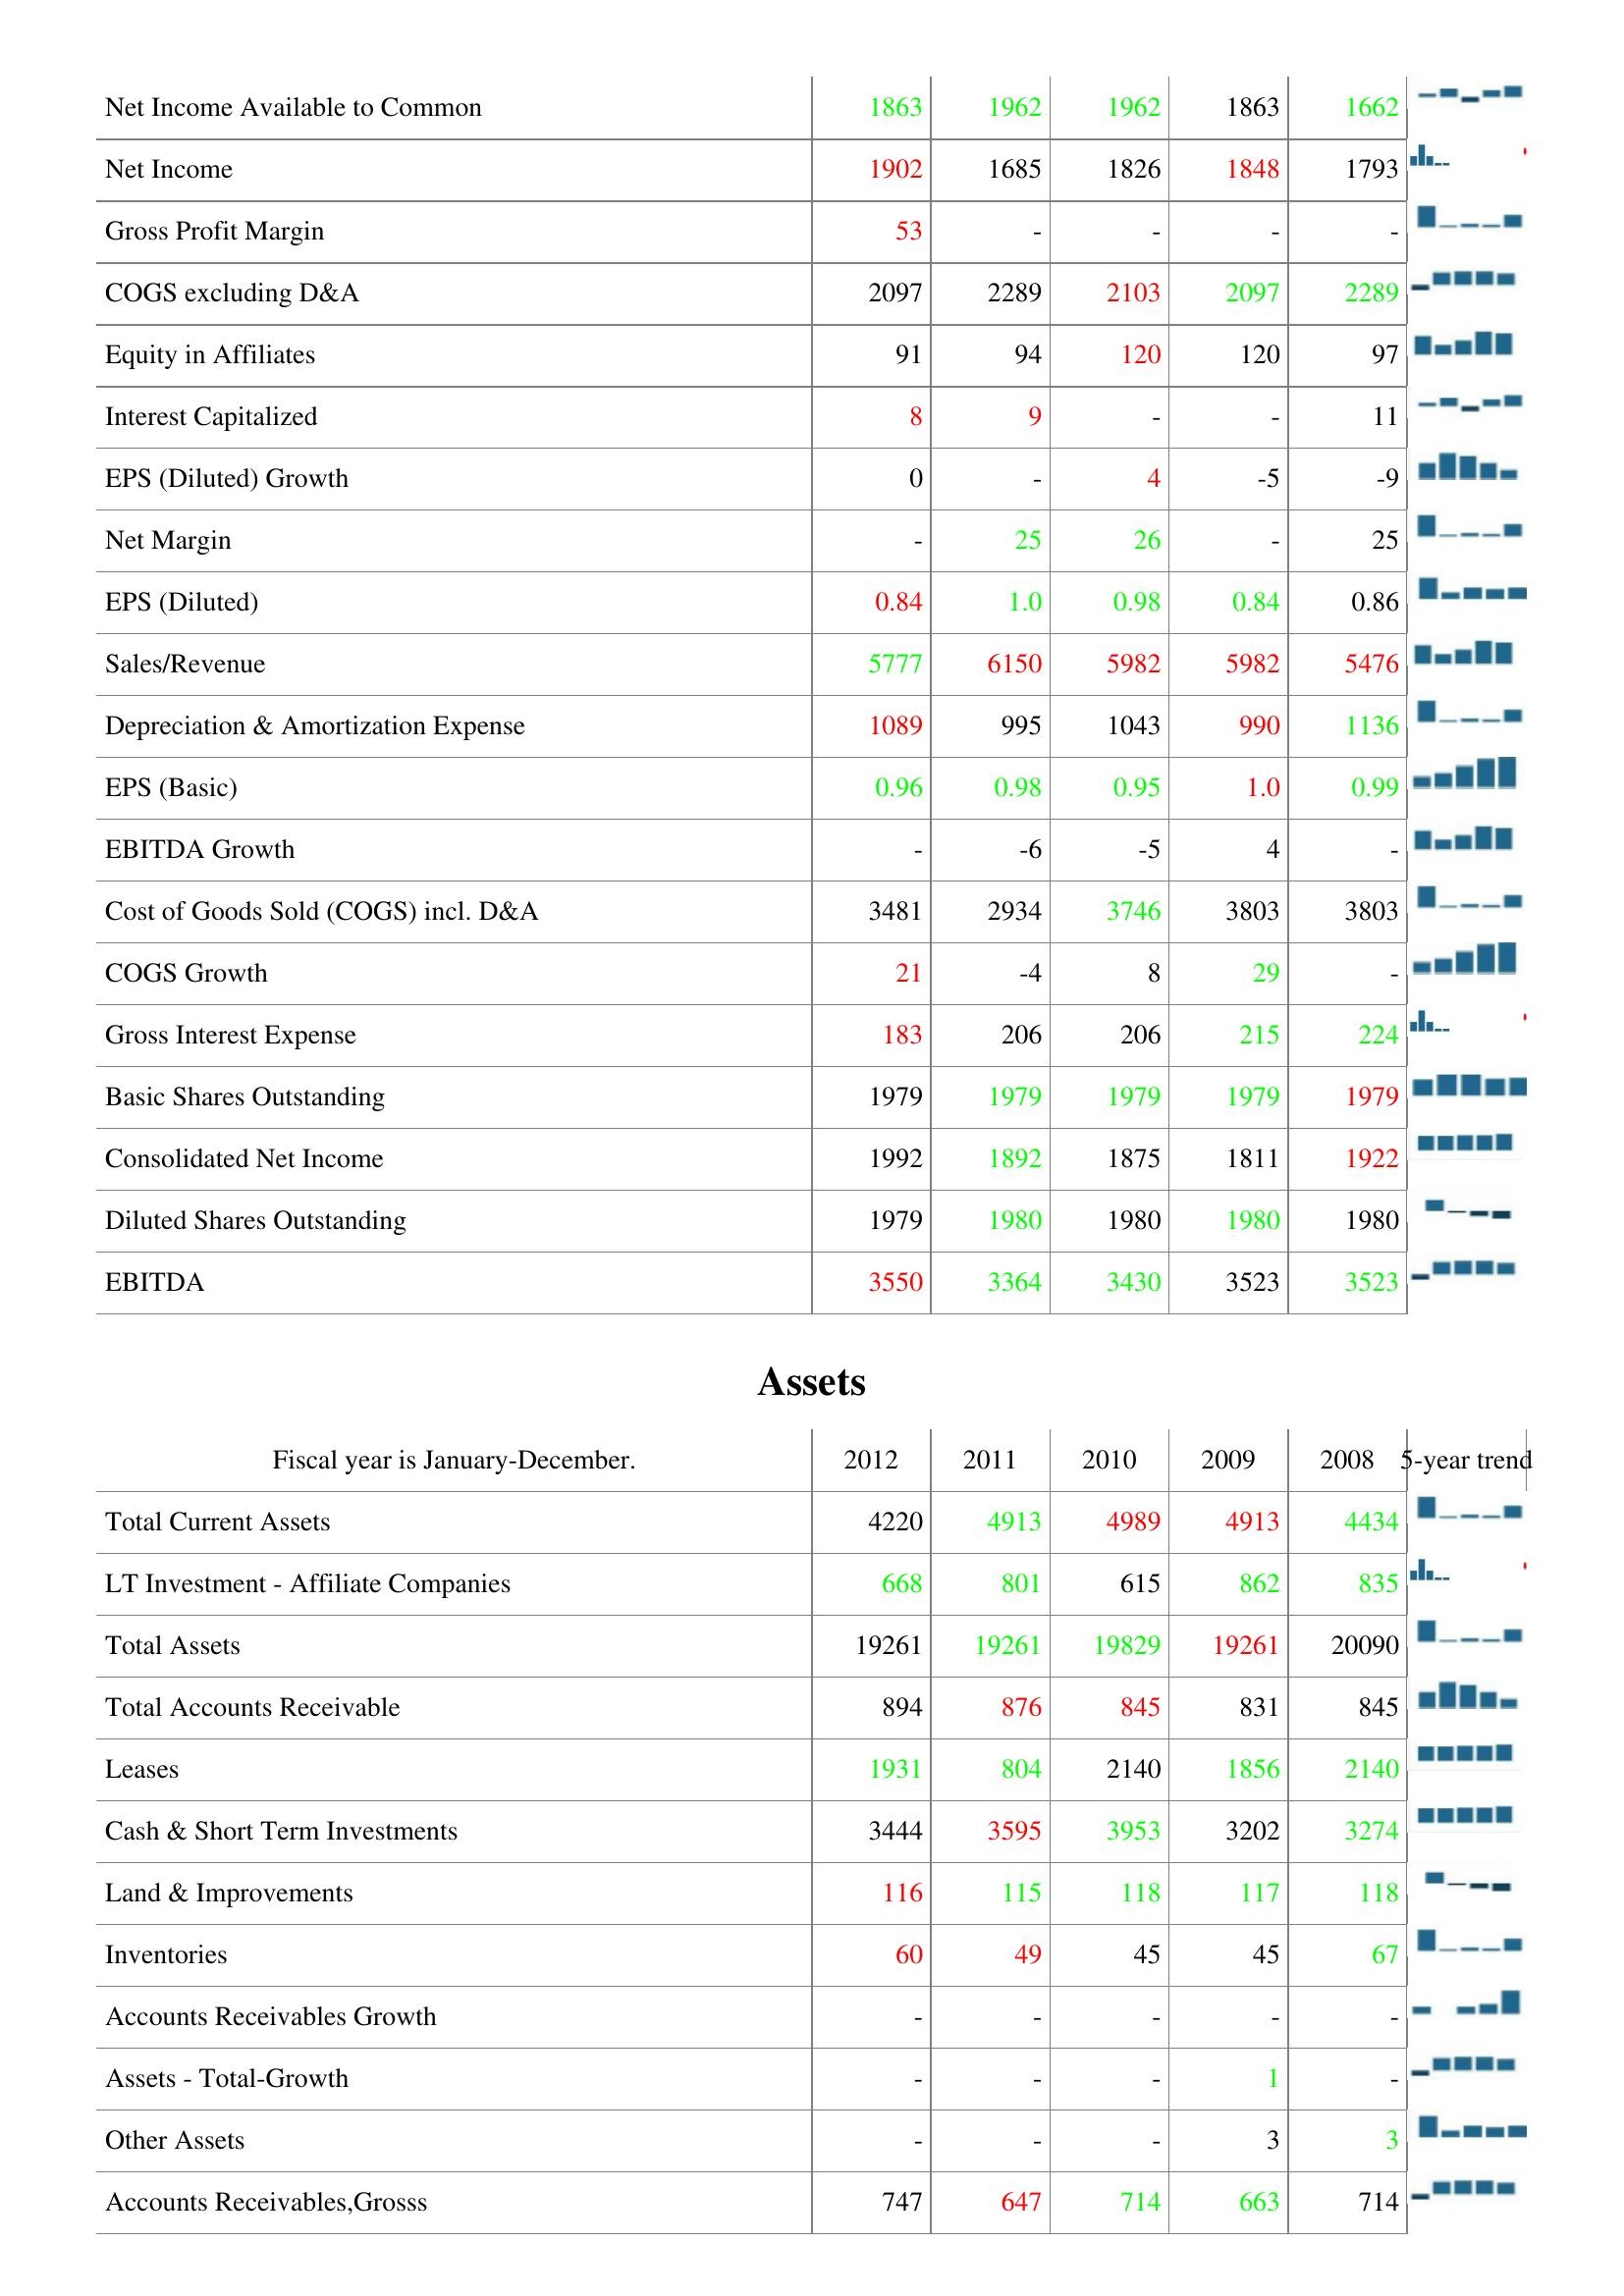
2012: : Net Income Available to Common: 1863
Net Income: 1902
Gross Profit Margin: 53
COGS excluding D&A: 2097
Equity in Affiliates: 91
Interest Capitalized: 8
EPS (Diluted) Growth: 0
Net Margin: -
EPS (Diluted): 0.84
Sales/Revenue: 5777
Depreciation & Amortization Expense: 1089
EPS (Basic): 0.96
EBITDA Growth: -
Cost of Goods Sold (COGS) incl. D&A: 3481
COGS Growth: 21
Gross Interest Expense: 183
Basic Shares Outstanding: 1979
Consolidated Net Income: 1992
Diluted Shares Outstanding: 1979
EBITDA: 3550
Assets: Total Current Assets: 4220
LT Investment - Affiliate Companies: 668
Total Assets: 19261
Total Accounts Receivable: 894
Leases: 1931
Cash & Short Term Investments: 3444
Land & Improvements: 116
Inventories: 60
Accounts Receivables Growth: -
Assets - Total-Growth: -
Other Assets: -
Accounts Receivables,Grosss: 747
2011: : Net Income Available to Common: 1962
Net Income: 1685
Gross Profit Margin: -
COGS excluding D&A: 2289
Equity in Affiliates: 94
Interest Capitalized: 9
EPS (Diluted) Growth: -
Net Margin: 25
EPS (Diluted): 1.0
Sales/Revenue: 6150
Depreciation & Amortization Expense: 995
EPS (Basic): 0.98
EBITDA Growth: -6
Cost of Goods Sold (COGS) incl. D&A: 2934
COGS Growth: -4
Gross Interest Expense: 206
Basic Shares Outstanding: 1979
Consolidated Net Income: 1892
Diluted Shares Outstanding: 1980
EBITDA: 3364
Assets: Total Current Assets: 4913
LT Investment - Affiliate Companies: 801
Total Assets: 19261
Total Accounts Receivable: 876
Leases: 804
Cash & Short Term Investments: 3595
Land & Improvements: 115
Inventories: 49
Accounts Receivables Growth: -
Assets - Total-Growth: -
Other Assets: -
Accounts Receivables,Grosss: 647
2010: : Net Income Available to Common: 1962
Net Income: 1826
Gross Profit Margin: -
COGS excluding D&A: 2103
Equity in Affiliates: 120
Interest Capitalized: -
EPS (Diluted) Growth: 4
Net Margin: 26
EPS (Diluted): 0.98
Sales/Revenue: 5982
Depreciation & Amortization Expense: 1043
EPS (Basic): 0.95
EBITDA Growth: -5
Cost of Goods Sold (COGS) incl. D&A: 3746
COGS Growth: 8
Gross Interest Expense: 206
Basic Shares Outstanding: 1979
Consolidated Net Income: 1875
Diluted Shares Outstanding: 1980
EBITDA: 3430
Assets: Total Current Assets: 4989
LT Investment - Affiliate Companies: 615
Total Assets: 19829
Total Accounts Receivable: 845
Leases: 2140
Cash & Short Term Investments: 3953
Land & Improvements: 118
Inventories: 45
Accounts Receivables Growth: -
Assets - Total-Growth: -
Other Assets: -
Accounts Receivables,Grosss: 714
2009: : Net Income Available to Common: 1863
Net Income: 1848
Gross Profit Margin: -
COGS excluding D&A: 2097
Equity in Affiliates: 120
Interest Capitalized: -
EPS (Diluted) Growth: -5
Net Margin: -
EPS (Diluted): 0.84
Sales/Revenue: 5982
Depreciation & Amortization Expense: 990
EPS (Basic): 1.0
EBITDA Growth: 4
Cost of Goods Sold (COGS) incl. D&A: 3803
COGS Growth: 29
Gross Interest Expense: 215
Basic Shares Outstanding: 1979
Consolidated Net Income: 1811
Diluted Shares Outstanding: 1980
EBITDA: 3523
Assets: Total Current Assets: 4913
LT Investment - Affiliate Companies: 862
Total Assets: 19261
Total Accounts Receivable: 831
Leases: 1856
Cash & Short Term Investments: 3202
Land & Improvements: 117
Inventories: 45
Accounts Receivables Growth: -
Assets - Total-Growth: 1
Other Assets: 3
Accounts Receivables,Grosss: 663
2008: : Net Income Available to Common: 1662
Net Income: 1793
Gross Profit Margin: -
COGS excluding D&A: 2289
Equity in Affiliates: 97
Interest Capitalized: 11
EPS (Diluted) Growth: -9
Net Margin: 25
EPS (Diluted): 0.86
Sales/Revenue: 5476
Depreciation & Amortization Expense: 1136
EPS (Basic): 0.99
EBITDA Growth: -
Cost of Goods Sold (COGS) incl. D&A: 3803
COGS Growth: -
Gross Interest Expense: 224
Basic Shares Outstanding: 1979
Consolidated Net Income: 1922
Diluted Shares Outstanding: 1980
EBITDA: 3523
Assets: Total Current Assets: 4434
LT Investment - Affiliate Companies: 835
Total Assets: 20090
Total Accounts Receivable: 845
Leases: 2140
Cash & Short Term Investments: 3274
Land & Improvements: 118
Inventories: 67
Accounts Receivables Growth: -
Assets - Total-Growth: -
Other Assets: 3
Accounts Receivables,Grosss: 714